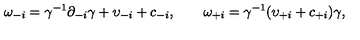
\omega _ { - i } = \gamma ^ { - 1 } \partial _ { - i } \gamma + \upsilon _ { - i } + c _ { - i } , \qquad \omega _ { + i } = \gamma ^ { - 1 } ( \upsilon _ { + i } + c _ { + i } ) \gamma ,